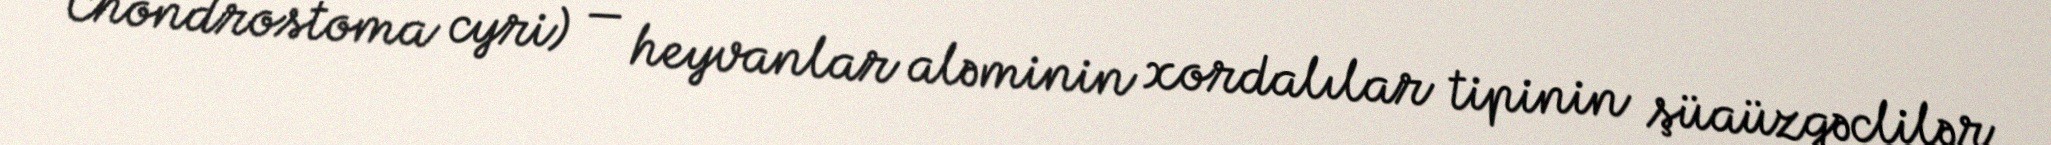
Chondrostoma cyri) — heyvanlar aləminin xordalılar tipinin şüaüzgəclilər